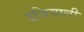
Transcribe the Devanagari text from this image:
उजियाली